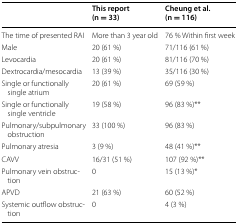
<table><thead><tr><td></td><td><b>This report(n = 33)</b></td><td><b>Cheung et al.(n = 116)</b></td></tr></thead><tbody><tr><td>The time of presented RAI</td><td>More than 3 year old</td><td>76 % Within first week</td></tr><tr><td>Male</td><td>20 (61 %)</td><td>71/116 (61 %)</td></tr><tr><td>Levocardia</td><td>20 (61 %)</td><td>81/116 (70 %)</td></tr><tr><td>Dextrocardia/mesocardia</td><td>13 (39 %)</td><td>35/116 (30 %)</td></tr><tr><td>Single or functionally single atrium</td><td>20 (61 %)</td><td>69 (59 %)</td></tr><tr><td>Single or functionally single ventricle</td><td>19 (58 %)</td><td>96 (83 %)**</td></tr><tr><td>Pulmonary/subpulmonary obstruction</td><td>33 (100 %)</td><td>96 (83 %)</td></tr><tr><td>Pulmonary atresia</td><td>3 (9 %)</td><td>48 (41 %)**</td></tr><tr><td>CAVV</td><td>16/31 (51 %)</td><td>107 (92 %)**</td></tr><tr><td>Pulmonary vein obstruction</td><td>0</td><td>15 (13 %)*</td></tr><tr><td>APVD</td><td>21 (63 %)</td><td>60 (52 %)</td></tr><tr><td>Systemic outflow obstruction</td><td>0</td><td>4 (3 %)</td></tr></tbody></table>